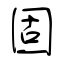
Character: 固